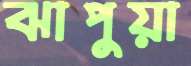
ঝাপুয়া